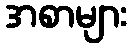
အစာများ